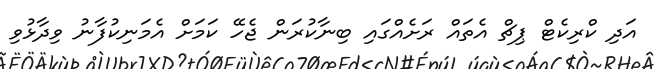
އަދި ކްރިކެޓް ޕިޗް އެތައް ރަށެއްގައި ބިނާކުރަން ޖެހޭ ކަމަށް އެމަނިކުފާނު ވިދާޅުވި